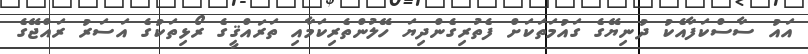
އައު ސާސްކަފާއެކު ދުނިޔޭގެ ގައުމަތަކަށް ފެތުރިގެންދިޔަ ހޭލުންތެރިކަމާއި ތަރައްޤީގެ ރޯޅިތަކުގެ އަސަރު ރައްޖޭގެ